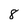
Character: 8